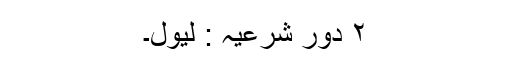
۲ دور شرعیہ : لیول۔